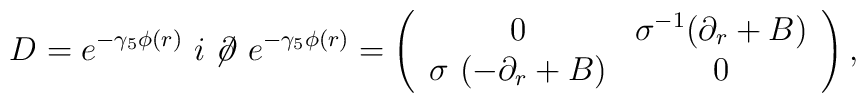
D=e^{-\gamma _5\phi (r)\ }i\not \! \partial \ e^{-\gamma_5\phi (r)}=\left(\begin{array}{cc}0 & \sigma ^{-1}(\partial _r+B) \\\sigma \ (-\partial _r+B) & 0\end{array}\right),